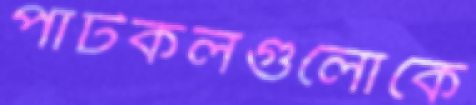
পাটকলগুলোকে